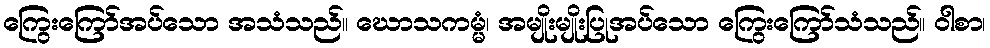
ကြွေးကြော်အပ်သော အသံသည်။ ဃောသကမ္မံ၊ အမျိုးမျိုးပြုအပ်သော ကြွေးကြော်သံသည်။ ဝါစာ၊